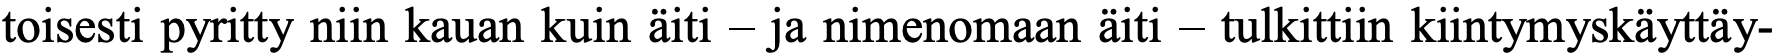
toisesti pyritty niin kauan kuin äiti – ja nimenomaan äiti – tulkittiin kiintymyskäyttäy-